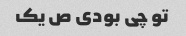
تو چی بودی ص یک